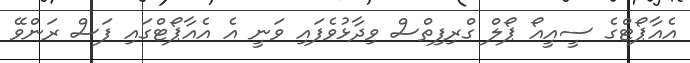
އެއާޕޯޓްގެ ސީއީއޯ ޕޯލް ގްރިފިތްސް ވިދާޅުވެފައި ވަނީ އެ އެއާޕޯޓްގައި ފަސް ރަންވޭ